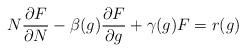
LaTeX: \begin{align*}N {\partial F \over \partial N} -\beta(g) {\partial F \over \partial g}+ \gamma(g) F= r(g)\end{align*}